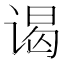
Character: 谒